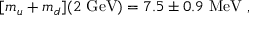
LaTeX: [ m _ { u } + m _ { d } ] ( 2 \ \mathrm { G e V } ) = 7 . 5 \pm 0 . 9 \ \mathrm { M e V } \ ,